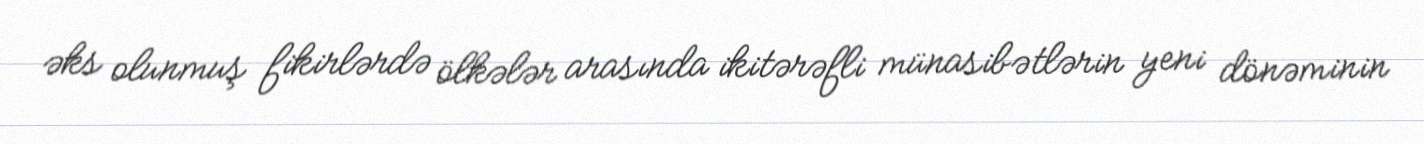
əks olunmuş fikirlərdə ölkələr arasında ikitərəfli münasibətlərin yeni dönəminin